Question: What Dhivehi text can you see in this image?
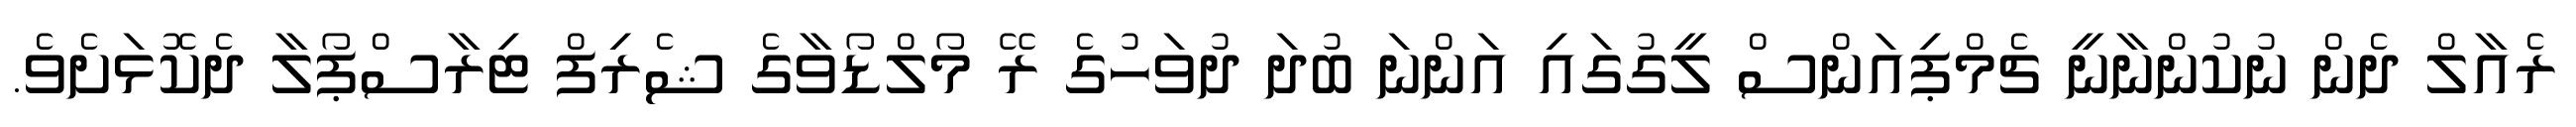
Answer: ރެއާލް ދެން ނުކުންނާނީ ޗެމްޕިއަންސް ލީގުގައި އަންނަ ބުދަ ދުވަހުގެ ރޭ މޯލްޑޯވާގެ ޝެރިފް ޓިރާސްޕޯލާ ދެކޮޅަށެވެ.